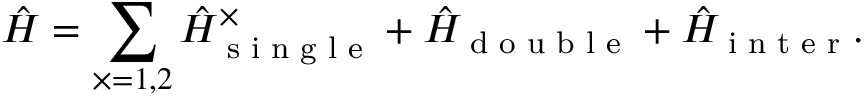
\hat { H } = \sum _ { \times = 1 , 2 } \hat { H } _ { \textrm { s i n g l e } } ^ { \times } + \hat { H } _ { \textrm { d o u b l e } } + \hat { H } _ { \textrm { i n t e r } } .